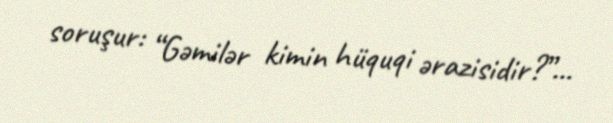
soruşur: “Gəmilər kimin hüquqi ərazisidir?”...